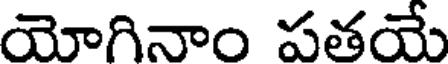
యోగినాం పతయే